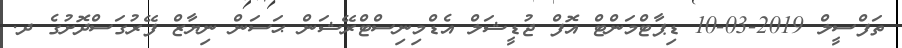
ތަފްސީލް 2019-03-10 ޑިޕާޓްމަންޓް އޮފް ޖުޑީޝަލް އެޑްމިނިސްޓްރޭޝަން ޙަސަން ނިޔާޒް ފޭރުގަސްދޮށުގެ ދ.